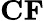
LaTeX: \mathbf{CF}